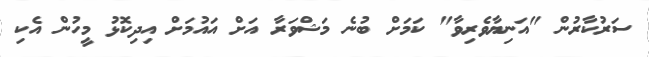
ސަރުކާރުން "އަނިޔާވެރިވާ" ކަމަށް ބުނެ މަޝްވަރާ އަށް އައުމަށް އިދިކޮޅު މީހުން އެކި